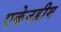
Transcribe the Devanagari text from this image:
एकेनहीम